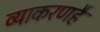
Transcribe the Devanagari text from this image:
व्याकरणहै